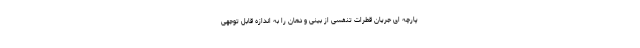
پارچه ای جریان قطرات تنفسی از بینی و دهان را به اندازه قابل توجهی